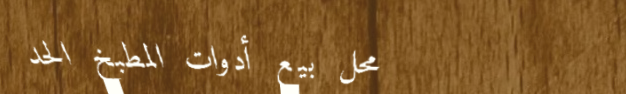
محل بيع أدوات المطبخ الحد